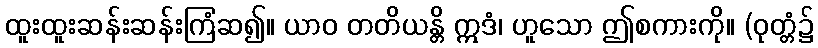
ထူးထူးဆန်းဆန်းကြံဆ၍။ ယာဝ တတိယန္တိ ဣဒံ၊ ဟူသော ဤစကားကို။ (ဝုတ္တံ၌